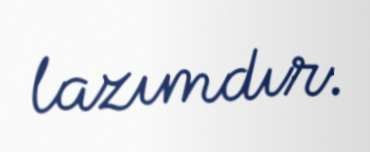
lazımdır.